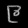
Digit: ၉